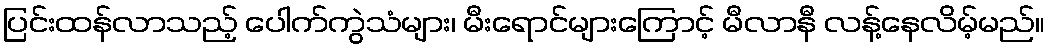
ပြင်းထန်လာသည့် ပေါက်ကွဲသံများ၊ မီးရောင်များကြောင့် မီလာနီ လန့်နေလိမ့်မည်။